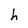
Character: h